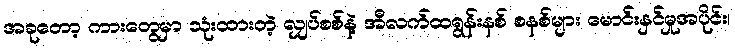
အခုတော့ ကားတွေမှာ သုံးထားတဲ့ လျှပ်စစ်နဲ့ အီလက်ထရွန်းနစ် စနစ်များ မောင်းနှင်မှုအပိုင်း၊